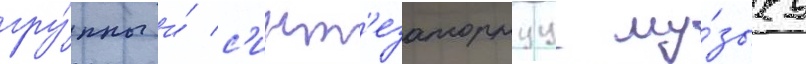
гру́ппы и́ с'инт'езаторнуу му́зыку